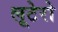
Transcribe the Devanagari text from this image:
लूटेरो